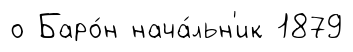
о Баро́н нача́льн'ик 1879